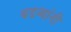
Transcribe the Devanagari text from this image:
बडव्यांनी